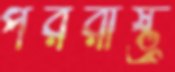
পররাষ্ট্র্র্র